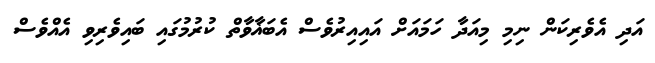
އަދި އެވެރިކަން ނިމި މިއަދާ ހަމައަށް އައިއިރުވެސް އެބަޣާވާތް ކުރުމުގައި ބައިވެރިވި އެއްވެސް